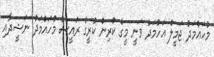
މުހައްމަދު ޖަމީލް އަހުމަދު ވަނީ މީގެ ކުރިން ކުރީގެ ރައީސް މުހައްމަދު ނަޝީދާއި